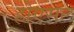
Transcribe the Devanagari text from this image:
होएसल